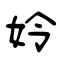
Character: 姈